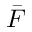
\bar { F }